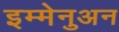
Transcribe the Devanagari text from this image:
इम्मेनुअन